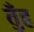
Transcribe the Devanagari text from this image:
तुँह